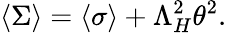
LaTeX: \langle\Sigma\rangle=\langle\sigma\rangle+\Lambda_{H}^{2}\theta^{2}.